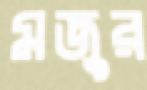
মজুর